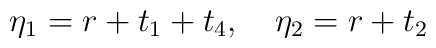
\eta_1 = r + t_1 + t_4, \quad \eta_2 = r + t_2